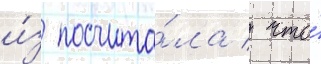
и́з посчита́ла / что́